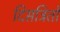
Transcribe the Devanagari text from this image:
दिसत्रितो